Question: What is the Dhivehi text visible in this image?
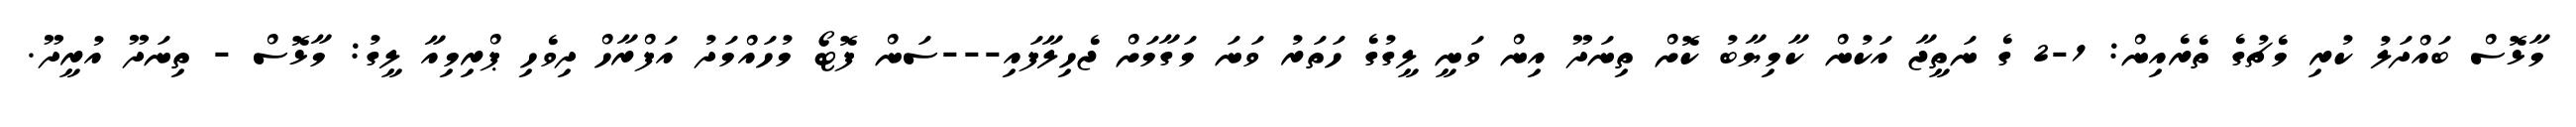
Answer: މާޅޮސް ބައްދަލު ކުރި މެޗުގެ ތެރެއިން: 1-2 ގެ ނަތީޖާ އަކުން ކާމިޔާބު ކޮށް ތިނަދޫ އިން ވަނީ ލީގުގެ ހަތަރު ވަނަ މަގާމަށް ޖެހިލާފައި---ސަން ފޮޓޯ މުހައްމަދު އަފްރާހް ދިވެހި ޕްރިމިއާ ލީގު: މާޅޮސް - ތިނަދޫ އުރީދޫ.